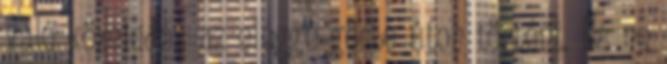
való közeledés az eléggé görbe úton történt. És ne